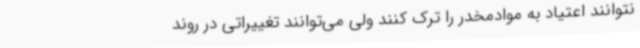
نتوانند اعتیاد به موادمخدر را ترک کنند ولی می‌توانند تغییراتی در روند